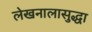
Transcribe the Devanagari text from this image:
लेखनालासुद्धा